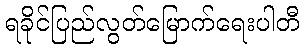
ရခိုင်ပြည်လွတ်မြောက်ရေးပါတီ